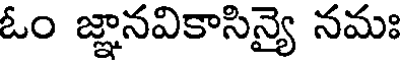
ఓం జ్ఞానవికాసిన్యై నమః